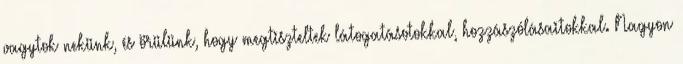
vagytok nekünk, és örülünk, hogy megtiszteltek látogatásotokkal, hozzászólásaitokkal. Nagyon